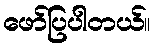
ဖော်ပြပါတယ်။